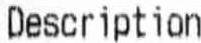
DESCRIPTION